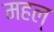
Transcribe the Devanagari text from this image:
महल्